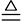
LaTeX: \triangleq